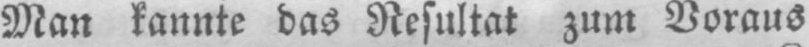
Man kannte das Resultat zum Voraus